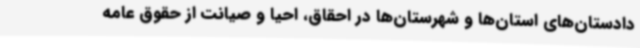
دادستان‌های استان‌ها و شهرستان‌ها در احقاق، احیا و صیانت از حقوق عامه